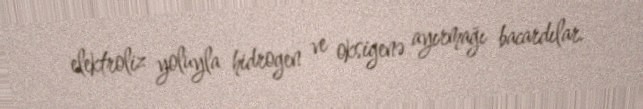
elektroliz yoluyla hidrogen ve oksigenə ayırmağı bacardılar.